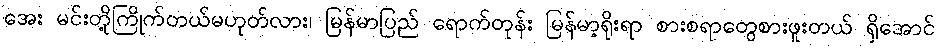
အေး မင်းတို့ကြိုက်တယ်မဟုတ်လား၊ မြန်မာပြည် ရောက်တုန်း မြန်မာ့ရိုးရာ စားစရာတွေစားဖူးတယ် ရှိအောင်